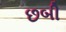
છબી